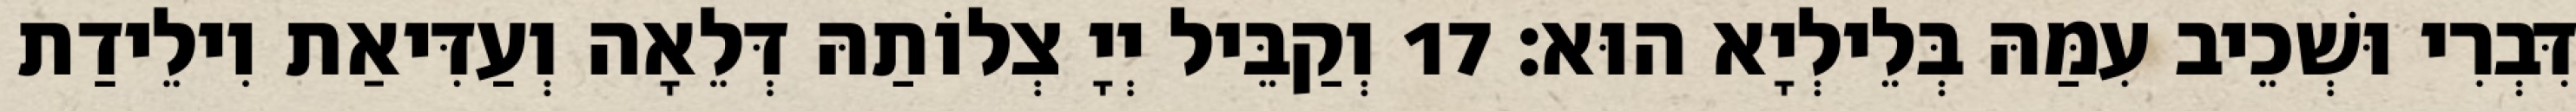
דִּבְרִי וּשְׁכֵיב עִמַּהּ בְּלֵילְיָא הוּא׃ 17 וְקַבֵּיל יְיָ צְלוֹתַהּ דְּלֵאָה וְעַדִּיאַת וִילֵידַת